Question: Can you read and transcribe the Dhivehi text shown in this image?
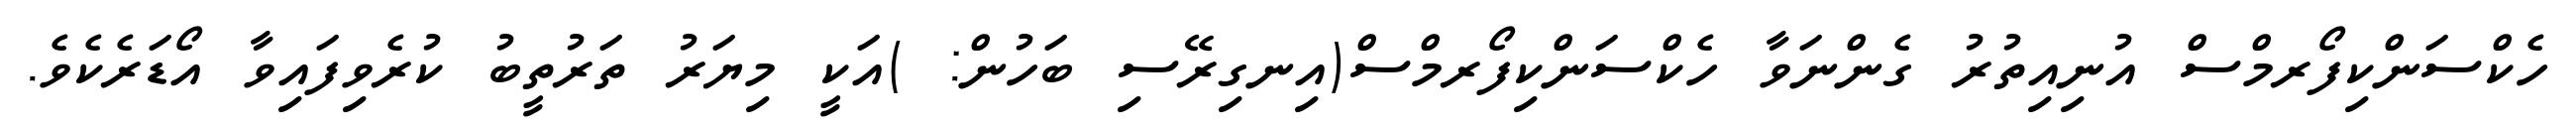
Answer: ހެކްސަންކިފޯރމްސް އުނިއިތުރު ގެންނަވާ ހެކްސަންކިފޯރމްސް(އިނގިރޭސި ބަހުން: )އަކީ މިޔަރު ތަރުތީބު ކުރެވިފައިވާ އޯޑަރެކެވެ.